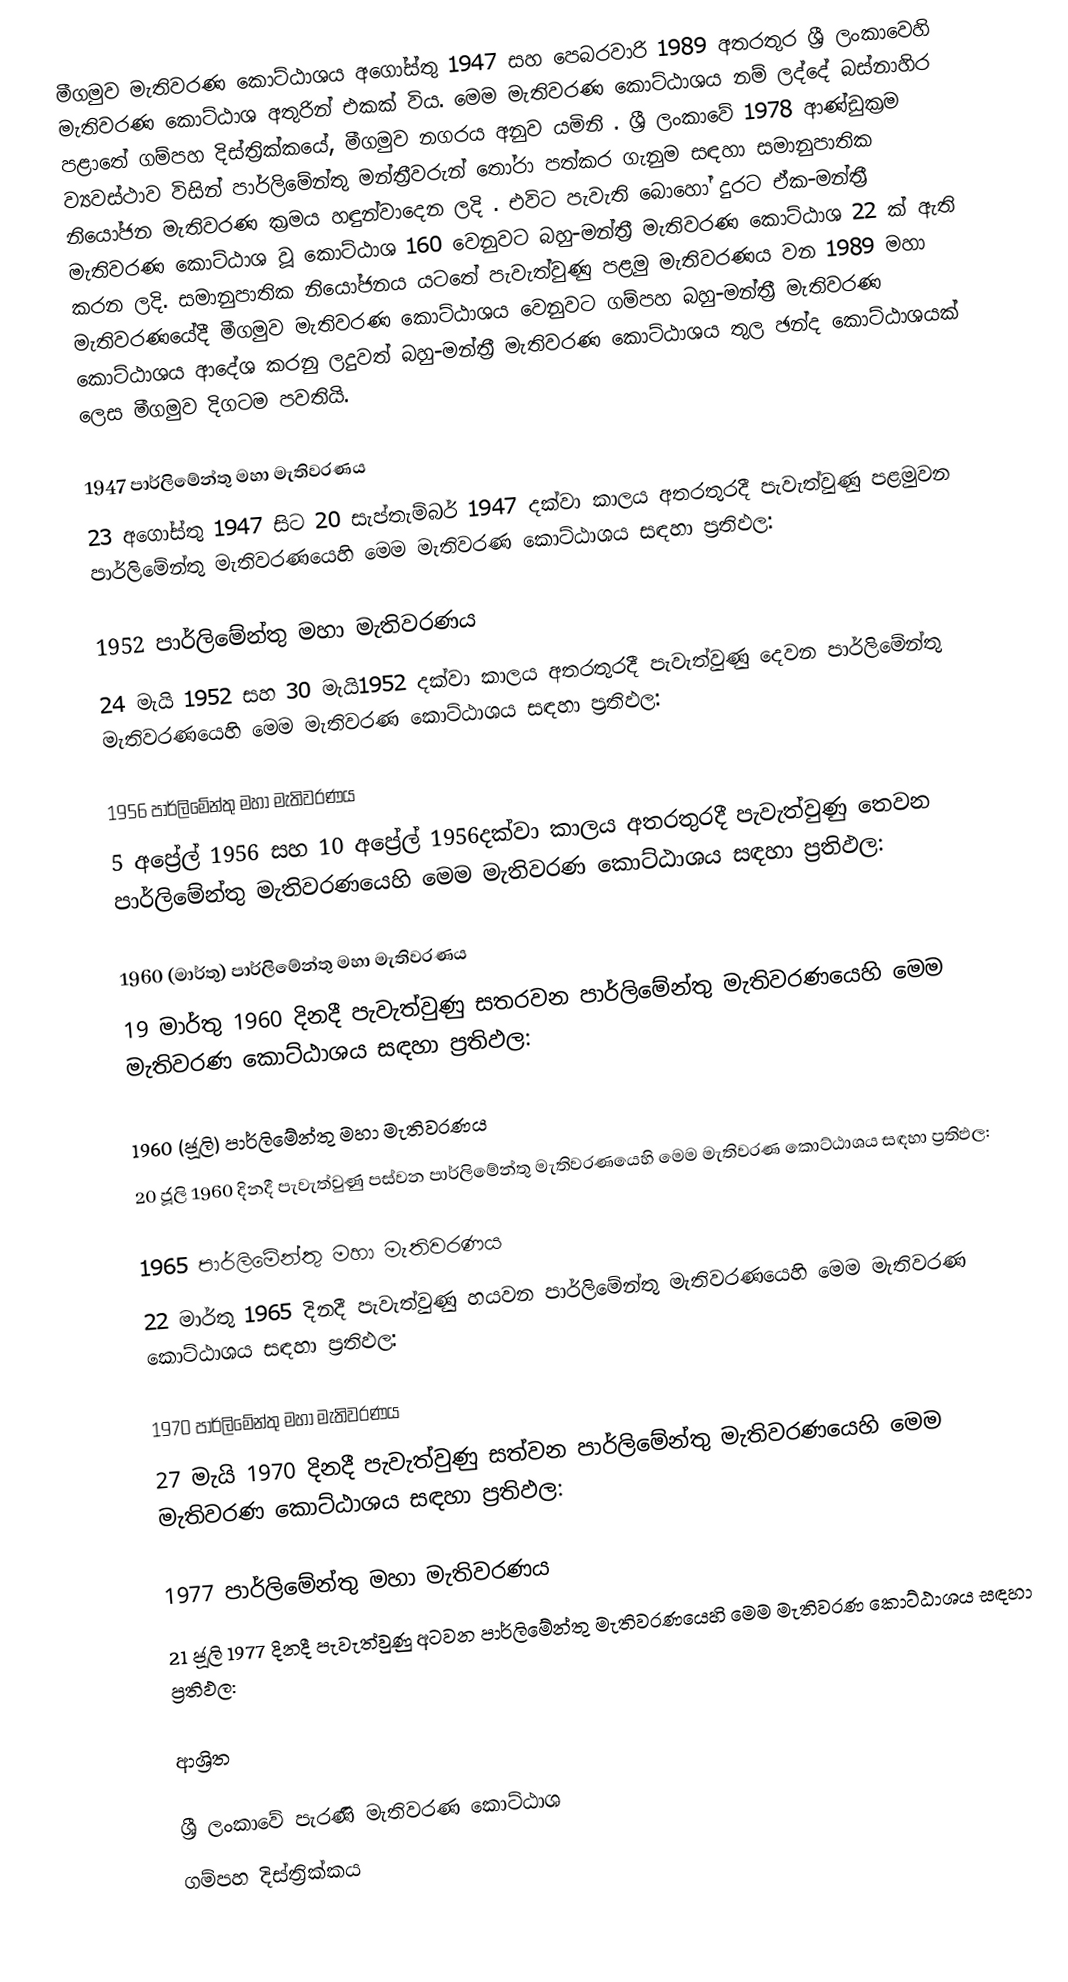
මීගමුව මැතිවරණ කොට්ඨාශය  අගෝස්තු 1947 සහ පෙබරවාරි 1989 අතරතුර  ශ්‍රී ලංකාවෙහි  මැතිවරණ කොට්ඨාශ අතුරින් එකක් විය. මෙම මැතිවරණ කොට්ඨාශය නම් ලද්දේ  බස්නාහිර පළාතේ  ගම්පහ දිස්ත්‍රික්කයේ,  මීගමුව නගරය අනුව යමිනි . ශ්‍රී ලංකාවේ 1978 ආණ්ඩුක්‍රම ව්‍යවස්ථාව විසින්   පාර්ලිමේන්තු මන්ත්‍රීවරුන් තෝරා පත්කර ගැනුම සඳහා සමානුපාතික නියෝජන මැතිවරණ ක්‍රමය හඳුන්වාදෙන ලදි . එවිට පැවැති බොහෝ දුරට  ඒක-මන්ත්‍රී මැතිවරණ කොට්ඨාශ වූ කොට්ඨාශ 160 වෙනුවට බහු-මන්ත්‍රී මැතිවරණ කොට්ඨාශ 22 ක් ඇති කරන ලදි. සමානුපාතික නියෝජනය යටතේ පැවැත්වුණු  පළමු මැතිවරණය වන 1989 මහා මැතිවරණයේදී  මීගමුව මැතිවරණ කොට්ඨාශය වෙනුවට  ගම්පහ බහු-මන්ත්‍රී මැතිවරණ කොට්ඨාශය  ආදේශ කරනු ලදුවත් බහු-මන්ත්‍රී මැතිවරණ කොට්ඨාශය තුල ඡන්ද කොට්ඨාශයක් ලෙස මීගමුව දිගටම පවතියි.

1947 පාර්ලිමේන්තු මහා මැතිවරණය
23 අගෝස්තු 1947 සිට 20 සැප්තැම්බර් 1947 දක්වා කාලය අතරතුරදී පැවැත්වුණු   පළමුවන පාර්ලිමේන්තු මැතිවරණයෙහි මෙම මැතිවරණ කොට්ඨාශය සඳහා ප්‍රතිඵල:

1952 පාර්ලිමේන්තු මහා මැතිවරණය
24 මැයි 1952 සහ 30 මැයි1952 දක්වා කාලය අතරතුරදී පැවැත්වුණු   දෙවන පාර්ලිමේන්තු මැතිවරණයෙහි මෙම මැතිවරණ කොට්ඨාශය සඳහා ප්‍රතිඵල:

1956 පාර්ලිමේන්තු මහා මැතිවරණය
5 අප්‍රේල් 1956 සහ 10 අප්‍රේල් 1956දක්වා කාලය අතරතුරදී පැවැත්වුණු   තෙවන පාර්ලිමේන්තු මැතිවරණයෙහි මෙම මැතිවරණ කොට්ඨාශය සඳහා ප්‍රතිඵල:

1960 (මාර්තු) පාර්ලිමේන්තු මහා මැතිවරණය
19 මාර්තු 1960 දිනදී පැවැත්වුණු   සතරවන පාර්ලිමේන්තු මැතිවරණයෙහි මෙම මැතිවරණ කොට්ඨාශය සඳහා ප්‍රතිඵල:

1960 (ජූලි) පාර්ලිමේන්තු මහා මැතිවරණය
20 ජූලි 1960 දිනදී පැවැත්වුණු   පස්වන පාර්ලිමේන්තු මැතිවරණයෙහි මෙම මැතිවරණ කොට්ඨාශය සඳහා ප්‍රතිඵල:

1965 පාර්ලිමේන්තු මහා මැතිවරණය
22 මාර්තු 1965  දිනදී පැවැත්වුණු   හයවන පාර්ලිමේන්තු මැතිවරණයෙහි මෙම මැතිවරණ කොට්ඨාශය සඳහා ප්‍රතිඵල:

1970 පාර්ලිමේන්තු මහා මැතිවරණය
27 මැයි 1970 දිනදී පැවැත්වුණු   සත්වන පාර්ලිමේන්තු මැතිවරණයෙහි මෙම මැතිවරණ කොට්ඨාශය සඳහා ප්‍රතිඵල:

1977 පාර්ලිමේන්තු මහා මැතිවරණය
21 ජූලි 1977 දිනදී පැවැත්වුණු   අටවන පාර්ලිමේන්තු මැතිවරණයෙහි මෙම මැතිවරණ කොට්ඨාශය සඳහා ප්‍රතිඵල:

ආශ්‍රිත

ශ්‍රී ලංකාවේ පැරණි මැතිවරණ කොට්ඨාශ
 ගම්පහ දිස්ත්‍රික්කය